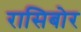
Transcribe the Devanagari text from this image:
रासिबोर